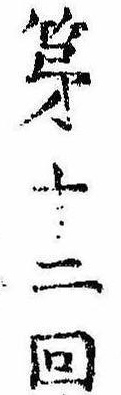
第十二回